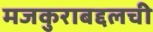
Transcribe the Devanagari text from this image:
मजकुराबद्दलची